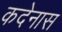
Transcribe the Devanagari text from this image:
कदेनास